Lunatic asylums Bombay report 1878-1890 - 1878-1890
Year: 1878
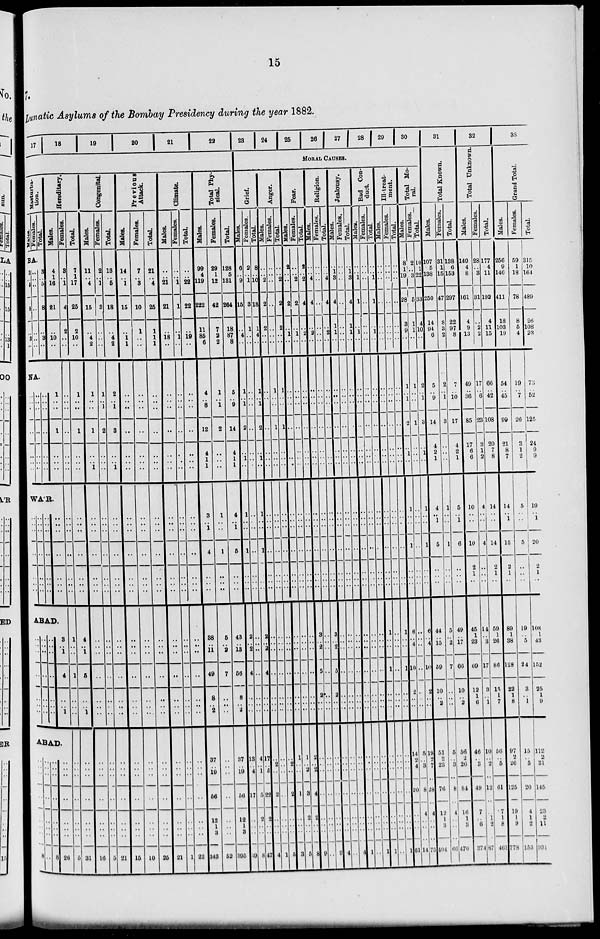
15
7.
Lunatic Asylums of the Bombay Presidency during the year 1882.
17
Ma s tur
ba -
tion.
Males.
Females.
Tot al .
BA.
3
..
5
8
..
3
..
..
..
..
..
..
..
..
3
..
5
8
..
3
..
NA.
..
..
..
..
..
..
..
..
..
..
..
..
..
..
..
..
..
..
..
..
..
WAR.
..
..
..
..
..
..
..
..
..
..
..
..
..
..
..
..
..
..
..
..
..
ABAD.
..
..
..
..
..
..
..
ABAD.
..
..
..
..
..
..
..
8
..
..
..
..
..
..
..
..
..
..
..
..
..
..
..
..
..
..
..
..
..
..
..
..
..
..
..
..
..
8
18
19
20
21
22
Hereditary.
Mal es .
4
1
16
21
..
10
..
1
..
..
1
..
..
..
..
..
..
..
..
..
..
3
..
1
4
..
..
1
..
..
..
..
..
..
..
26
Females.
3
..
1
4
2
..
..
..
..
..
..
..
..
..
..
..
..
..
..
..
..
1
..
..
1
..
..
..
..
..
..
..
..
..
..
5
Total.
7
1
17
25
2
10
..
1
..
..
1
..
..
..
..
..
..
..
..
..
..
4
.. 1
5
..
..
1
..
..
..
..
..
..
..
31
Congenital.
Males.
11
..
4
15
..
4
2
1
..
..
1
..
..
1
..
..
..
..
..
..
..
..
..
..
..
..
..
..
..
..
..
..
..
..
..
16
Females.
2
..
1
3
..
..
..
1
..
1
2
..
..
..
..
..
..
..
..
..
..
..
..
..
..
..
..
..
..
..
..
..
..
..
..
5
Total.
13
..
5
18
..
4
2
2
..
1
3
..
..
1
..
..
..
..
..
..
..
..
..
..
..
..
..
..
..
..
..
..
..
..
..
21
Previous
Attack.
Males.
14
..
1
15
..
1
1
..
..
..
..
..
..
..
..
..
..
..
..
..
..
..
..
..
..
..
..
..
..
..
..
..
..
..
..
15
Females.
7
..
3
10
1
..
..
..
..
..
..
..
..
..
..
..
..
..
..
..
..
..
..
..
..
..
..
..
..
..
..
..
..
..
..
10
Total.
21
..
4
25
1
1
1
..
..
..
..
..
..
..
..
..
..
..
..
..
..
..
..
..
..
..
..
..
..
..
..
..
..
..
..
35
Climate.
Males.
..
..
21
21
..
18
..
..
..
..
..
..
..
..
..
..
..
..
..
..
..
..
..
..
..
..
..
..
..
..
..
..
..
..
..
21
Females.
..
..
1
1
..
1
..
..
..
..
..
..
..
..
..
..
..
..
..
..
..
..
..
..
..
..
..
..
..
..
..
..
..
..
..
1
Total.
..
..
22
22
..
19
..
..
..
..
..
..
..
..
..
..
..
..
..
..
..
..
..
..
..
..
..
..
..
..
..
..
..
..
..
22
Total Phy-
sical.
Males.
99
4
119
222
11
85
6
4
..
8
12
4
1
1
3
.. 1
4
..
..
..
38
.. 11
49
8
..
2
37
..
19
56
12
1
3
343
Females.
29
1
12
42
7
2
2
1
.. 1
2
..
..
..
1
..
..
1
..
..
..
5
..
2
7
..
..
..
..
..
..
..
..
..
..
52
Total.
128
5
131
264
18
87
8
5
..
9
14
4
1
1
4
.. 1
5
..
..
..
43
.. 13
56
8
.. 2
37
..
19
56
12
1
3
395
23
24
25
26
27
28
29
30
MORAL CAUSES.
Grief.
Males.
6
..
9
15
..
4
..
1
..
1
2
..
1
..
1
..
..
1
..
..
..
2
..
2
4
..
..
..
13
..
4
17
..
..
..
39
Females.
2
..
1
3
1
..
..
..
..
..
..
..
..
..
..
..
..
..
..
..
..
..
.. ..
..
..
..
..
4
..
1
5
2
..
..
8
Total.
8
..
10
18
1
4
..
1
..
1
2
..
1
..
1
..
..
1
..
..
..
2
..
2
4
..
..
..
17
..
5
22
2
..
..
47
Anger.
Males.
..
..
2
2
2
..
..
..
..
..
..
..
..
..
..
..
..
..
..
..
..
..
.. ..
..
..
..
..
..
2
..
2
..
..
..
4
Females.
..
..
..
..
..
..
..
1
..
..
1
..
..
..
..
..
..
..
..
..
..
..
..
..
..
..
..
..
..
..
..
..
..
..
..
1
Total.
..
..
2
2
2
..
..
1
..
..
1
..
..
..
..
..
..
..
..
..
..
..
..
..
..
..
..
..
..
2
..
2
..
..
..
5
Fear.
Males.
2
..
..
2
..
1
..
..
..
..
..
..
..
..
..
..
..
..
..
..
..
..
..
..
..
..
..
..
1
..
..
1
..
..
..
3
Females.
..
..
2
2
..
1
..
..
..
..
..
..
..
..
..
..
..
..
..
..
..
..
..
..
..
..
..
..
1
..
..
3
..
..
..
5
Total.
2
..
2
4
..
2
..
..
..
..
..
..
..
..
..
..
..
..
..
..
..
..
..
..
..
..
..
..
2
..
..
4
..
..
..
8
Religion.
Males.
..
..
4
4
..
2
..
..
..
..
..
..
..
..
..
..
..
..
..
..
..
3
..
2
5
2
..
..
..
..
..
..
..
..
..
9
Females.
..
..
..
..
..
..
..
..
..
..
..
..
..
..
..
..
..
..
..
..
..
..
.. ..
..
..
..
..
..
..
..
..
..
..
..
..
Total.
..
..
4
4
..
2
..
..
..
..
..
..
..
..
..
..
..
..
..
..
..
3
.. 2
5
2
..
..
..
..
..
..
..
..
..
9
Jealousy.
Males.
..
1
3
4
1
1
..
..
..
..
..
..
..
..
..
..
..
..
..
..
..
..
..
..
..
..
..
..
..
..
..
..
..
..
..
4
Females.
..
..
..
..
..
..
..
..
..
..
..
..
..
..
..
..
..
..
..
..
..
..
..
..
..
..
..
..
..
..
..
..
..
..
..
..
Total.
..
1
3
4
1
1
..
..
..
..
..
..
..
..
..
..
..
..
..
..
..
..
..
..
..
..
..
..
..
..
..
..
..
..
..
4
Bad Con-
duct.
Males.
..
..
1
1
..
1
..
..
..
..
..
..
..
..
..
..
..
..
..
..
..
..
..
..
..
..
..
..
..
..
..
..
..
..
..
1
Females.
..
..
..
..
..
..
..
..
..
..
..
..
..
..
..
..
..
..
..
..
..
..
..
..
..
..
..
..
..
..
..
..
..
..
..
..
Total.
..
..
1
1
..
1
..
..
..
..
..
..
..
..
..
..
..
..
..
..
..
..
..
..
..
..
..
..
..
..
..
..
..
..
..
1
Ill-treat-
ment.
Males.
..
..
..
..
..
..
..
..
..
..
..
..
..
..
..
..
..
..
..
..
1
..
..
1
..
..
..
..
..
..
..
..
..
..
1
Females.
..
..
..
..
..
..
..
..
..
..
..
..
..
..
..
..
..
..
..
..
..
..
..
..
..
..
..
..
..
..
..
..
..
..
..
..
Total.
..
..
..
..
..
..
..
..
..
..
..
..
..
..
..
..
..
..
..
..
..
1
..
..
1
..
..
..
..
..
..
..
..
..
..
1
Total Mo-
ral.
Males.
8
1
19
28
3
9
..
1
..
1
2
..
1
..
1
..
..
1
..
..
..
6
..
4
10
2
..
..
14
2
4
20
..
..
..
61
Females.
2
..
3
5
1
1
..
1
..
..
1
..
..
..
..
..
..
..
..
..
..
..
..
..
..
..
..
..
5
..
3
8
..
..
..
14
Total.
10
1
22
33
4
10
..
2
..
1
3
..
1
..
1
..
..
1
..
..
..
6
..
4
10
2
..
..
19
2
7
28
4
..
..
75
31
Total Known.
Males.
107
5
138
250
14
94
6
5
..
9
14
4
2
1
4
..
1
5
..
..
..
44
.. 15
59
10
.. 2
51
2
23
76
4
..
3
404
Females.
31
1
15
47
8
3
2
2
..
1
3
..
..
..
1
..
..
1
..
..
..
5
..
2
7
..
..
..
5
..
3
8
12
1
..
66
Total.
138
6
153
297
22
97
8
7
..
10
17
4
2
1
5
..
1
6
..
..
..
49
.. 17
66
10
.. 2
56
2
26
84
4 16
..
3
470
32
Total Unknown.
Males.
149
4
8
161
4
9
13
49
..
36
85
17
6
6
10
..
..
10
2
1
..
45
1 23
69
12
1
6
46
..
3
49
7
1
6
374
Females.
28
..
3
31
..
2
2
17
..
6
23
3
1
2
4
..
..
4
..
..
..
14
..
3
17
3
.. 1
10
..
2
12
..
..
2
87
Total.
177
4
11
192
4
11
15
66
..
42
108
20
7
8
14
..
..
14
2
1
..
59
1 26
86
15
1
7
56
..
5
61
7
1
8
461
33
Grand Total.
Males.
256
9
146
411
18
103
19
54
..
45
99
21
8
7
14
..
1
15
2
1
..
89
1 38
128
22
1 8
97
2
26
125
19
1
9
778
Females.
59
1
18
78
8
5
4
19
..
7
26
3
1
2
5
..
..
5
..
..
..
19
..
5
24
3
.. 1
15
..
5
20
4
1
2
153
Total.
315
10
164
489
26
108
23
73
..
52
125
24
9
9
19
..
1
20
2
1
..
108
1 43
152
25
1 9
112
2
31
145
23
2
11
981